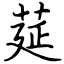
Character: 莚